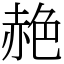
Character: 赩